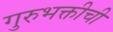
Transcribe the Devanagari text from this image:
गुरुभक्तीची